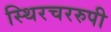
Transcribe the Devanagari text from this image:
स्थिरचररुपी